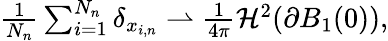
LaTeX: \begin{array}{r}{{\frac{1}{N_{n}}}\sum_{i=1}^{N_{n}}\delta_{x_{i,n}}\rightharpoonup{\frac{1}{4\pi}}\mathcal H^{2}(\partial B_{1}(0)),}\end{array}